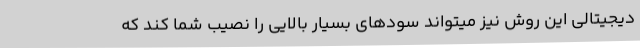
دیجیتالی این روش نیز میتواند سودهای بسیار بالایی را نصیب شما کند که